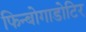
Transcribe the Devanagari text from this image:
फिन्बोगाडोटिर